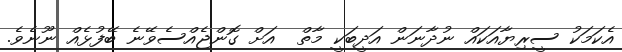
އެކަމަކު ސީރިޔާއަކައް ނުދާނަން އަދީބަކީ މާތް  އަށް ގޮންޖެއްސެވޭނެ ބޭފުޅެއް ނޫނެވެ.